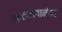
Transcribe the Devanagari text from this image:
खटाटोपानंतर